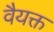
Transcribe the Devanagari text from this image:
वैयक्त